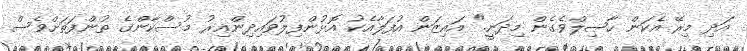
އަދި މިރޭ އެކަން ހާޞިލްވެގެން މިދަނީ." އައިޒަން އުފަލާއެކު އޮޅުންފިލުވައިދިންއިރު މުސްކާންގެ ތުންފަތަށްވެސް